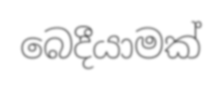
බෙදීයාමක්